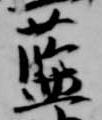
藍